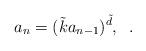
LaTeX: \begin{align*} a_n= (\tilde{k}a_{n-1})^{\tilde{d}},\;\;.\end{align*}